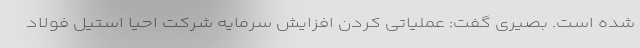
شده است. بصیری گفت: عملیاتی کردن افزایش سرمایه شرکت احیا استیل فولاد